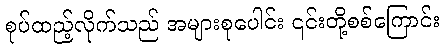
စုပ်ထည့်လိုက်သည် အများစုပေါင်း ၎င်းတို့စစ်ကြောင်း